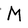
Character: M